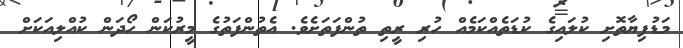
މަޑުފިޔާތޮށި ކުލައިގެ ކުޑަތެއްކަމެއް ހުރި ރީތި ތުންފަތަށެވެ. އެތުންފަތުގެ މީރުކަން ހޯދަން ކުއްލިއަކަށް